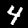
Label: 4